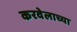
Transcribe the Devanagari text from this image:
करवेलाच्या